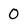
Character: 0